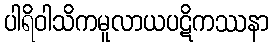
ပါရိဝါသိကမူလာယပဋိကဿနာ